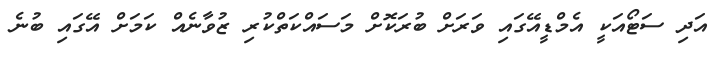
އަދި ސަޓޯއަކީ އެމްޑީއޭގައި ވަރަށް ބުރަކޮށް މަސައްކަތްކުރި ޒުވާނެއް ކަމަށް އޭގައި ބުނެ